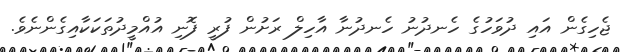
ޖެހިގެން އައި ދުވަހުގެ ހެނދުނު ހެނދުނާ އާހިލް ރަށުން ފުރީ ފޮނި އުއްމީދުތަކަކާއިގެންނެވެ.